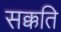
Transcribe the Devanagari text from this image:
सक्कति